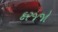
દરજજો